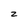
Character: Z